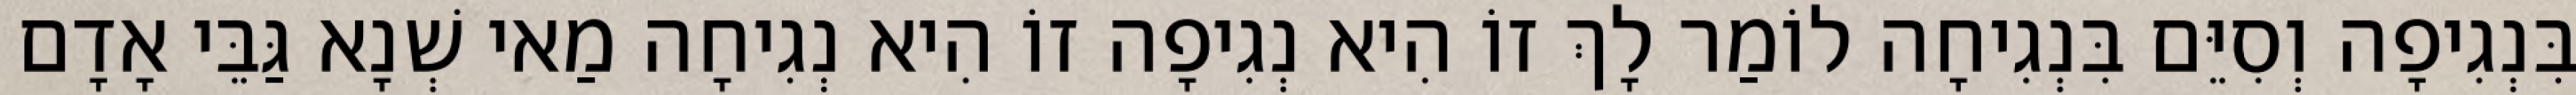
בִּנְגִיפָה וְסִיֵּם בִּנְגִיחָה לוֹמַר לָךְ זוֹ הִיא נְגִיפָה זוֹ הִיא נְגִיחָה מַאי שְׁנָא גַּבֵּי אָדָם